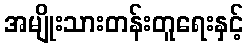
အမျိုးသားတန်းတူရေးနှင့်